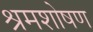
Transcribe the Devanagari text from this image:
श्रमशोषण